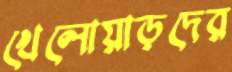
খেলোয়াড়দের